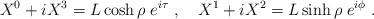
\begin{align*}X^0 + iX^3 = L \cosh \rho\; e^{i\tau}\ ,\quad X^1 + iX^2 = L \sinh \rho\; e^{i\phi}\ .\end{align*}